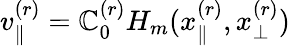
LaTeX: v_{\parallel}^{(r)}=\mathbb{C}_{0}^{(r)}H_{m}(x_{\parallel}^{(r)},x_{\perp}^{(r)})